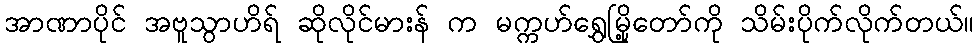
အာဏာပိုင် အဗူသွာဟိရ် ဆိုလိုင်မားန် က မက္ကဟ်ရွှေမြို့တော်ကို သိမ်းပိုက်လိုက်တယ်။